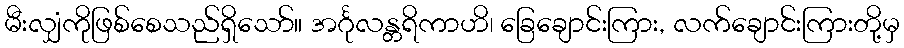
မီးလျှံကိုဖြစ်စေသည်ရှိသော်။ အင်္ဂုလန္တရိကာဟိ၊ ခြေချောင်းကြား, လက်ချောင်းကြားတို့မှ